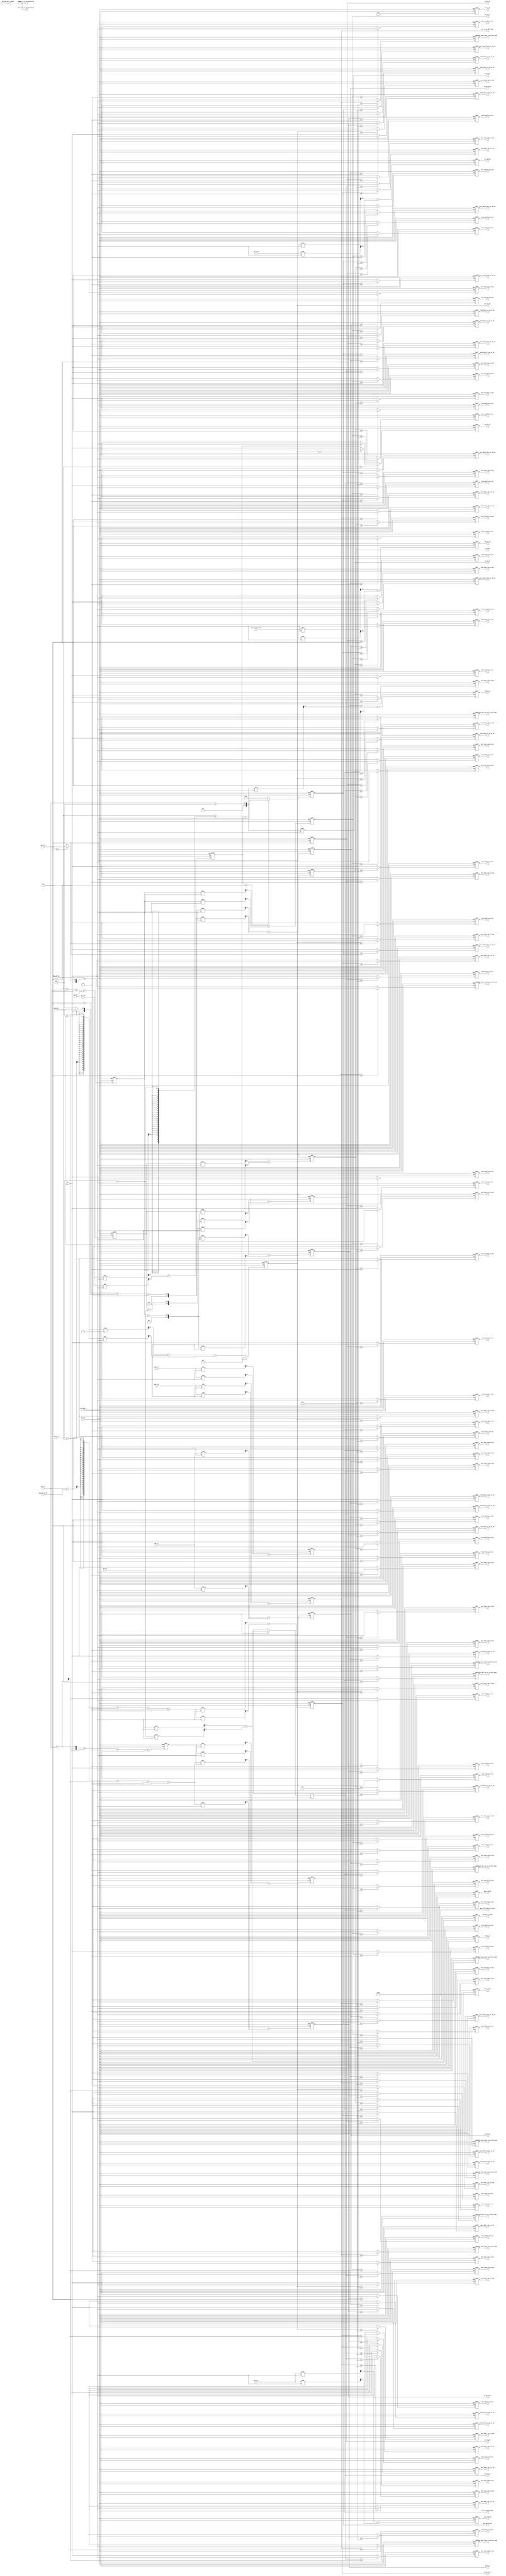
// (C) 2001-2011 Altera Corporation. All rights reserved.
// Your use of Altera Corporation's design tools, logic functions and other 
// software and tools, and its AMPP partner logic functions, and any output 
// files any of the foregoing (including device programming or simulation 
// files), and any associated documentation or information are expressly subject 
// to the terms and conditions of the Altera Program License Subscription 
// Agreement, Altera MegaCore Function License Agreement, or other applicable 
// license agreement, including, without limitation, that your use is for the 
// sole purpose of programming logic devices manufactured by Altera and sold by 
// Altera or its authorized distributors.  Please refer to the applicable 
// agreement for further details.




// altera message_off 10230 10240 10034
module ddr2_v10_1_alt_ddrx_timing_param #
    ( parameter
        MEM_IF_RD_TO_WR_TURNAROUND_OCT            = 0,
        MEM_IF_WR_TO_RD_TURNAROUND_OCT            = 0,
        MEM_IF_WR_TO_RD_DIFF_CHIPS_TURNAROUND_OCT = 0,
        
        MEM_TYPE                                  = "DDR3",
        
        DWIDTH_RATIO                              = 2,              
        MEMORY_BURSTLENGTH                        = 8,
        
        CAS_WR_LAT_BUS_WIDTH                      = 4,              
        ADD_LAT_BUS_WIDTH                         = 3,              
        TCL_BUS_WIDTH                             = 4,              
        TRRD_BUS_WIDTH                            = 4,              
        TFAW_BUS_WIDTH                            = 6,              
        TRFC_BUS_WIDTH                            = 8,              
        TREFI_BUS_WIDTH                           = 13,             
        TRCD_BUS_WIDTH                            = 4,              
        TRP_BUS_WIDTH                             = 4,              
        TWR_BUS_WIDTH                             = 4,              
        TWTR_BUS_WIDTH                            = 4,              
        TRTP_BUS_WIDTH                            = 4,              
        TRAS_BUS_WIDTH                            = 5,              
        TRC_BUS_WIDTH                             = 6,              
        AUTO_PD_BUS_WIDTH                         = 16,             
        
        BURST_LENGTH_BUS_WIDTH                    = 4,
        SELF_RFSH_EXIT_CYCLES_BUS_WIDTH           = 10,
        ACT_TO_RDWR_WIDTH                         = 4,
        ACT_TO_PCH_WIDTH                          = 5,
        ACT_TO_ACT_WIDTH                          = 6,
        RD_TO_RD_WIDTH                            = 3,
        RD_TO_WR_WIDTH                            = 5,
        RD_TO_WR_BC_WIDTH                         = 4,
        RD_TO_PCH_WIDTH                           = 4,
        WR_TO_WR_WIDTH                            = 3,
        WR_TO_RD_WIDTH                            = 5,
        WR_TO_PCH_WIDTH                           = 5,
        RD_AP_TO_ACT_WIDTH                        = 5,
        WR_AP_TO_ACT_WIDTH                        = 6,
        PCH_TO_ACT_WIDTH                          = 4,
        PCH_ALL_TO_VALID_WIDTH                    = 4,
        ARF_TO_VALID_WIDTH                        = 8,
        PDN_TO_VALID_WIDTH                        = 2,
        SRF_TO_VALID_WIDTH                        = 10,
        ARF_PERIOD_WIDTH                          = 13,
        PDN_PERIOD_WIDTH                          = 16,
        ACT_TO_ACT_DIFF_BANK_WIDTH                = 4,
        FOUR_ACT_TO_ACT_WIDTH                     = 6,
        FINISH_RD_WIDTH                           = 6,
        FINISH_WR_WIDTH                           = 6
    )
    (
        ctl_clk,
        ctl_reset_n,
        
        mem_cas_wr_lat,
        mem_add_lat,
        mem_tcl,
        mem_trrd,
        mem_tfaw,
        mem_trfc,
        mem_trefi,
        mem_trcd,
        mem_trp,
        mem_twr,
        mem_twtr,
        mem_trtp,
        mem_tras,
        mem_trc,
        mem_auto_pd_cycles,
        
        mem_burst_length,
        mem_self_rfsh_exit_cycles,
        mem_rd_to_wr_turnaround_oct,
        mem_wr_to_rd_turnaround_oct,
        act_to_rdwr,
        act_to_pch,
        act_to_act,
        rd_to_rd,
        rd_to_wr,
        rd_to_wr_bc,
        rd_to_pch,
        wr_to_wr,
        wr_to_rd,
        wr_to_rd_diff_chips,
        wr_to_pch,
        rd_ap_to_act,
        wr_ap_to_act,
        pch_to_act,
        pch_all_to_valid,
        arf_to_valid,
        pdn_to_valid,
        srf_to_valid,
        srf_to_zq,
        arf_period,
        pdn_period,
        act_to_act_diff_bank,
        four_act_to_act,
        finish_rd,
        finish_wr,
        
        more_than_2_act_to_rdwr,
        more_than_2_act_to_pch,
        more_than_2_act_to_act,
        more_than_2_rd_to_rd,
        more_than_2_rd_to_wr,
        more_than_2_rd_to_wr_bc,
        more_than_2_rd_to_pch,
        more_than_2_wr_to_wr,
        more_than_2_wr_to_rd,
        more_than_2_wr_to_pch,
        more_than_2_rd_ap_to_act,
        more_than_2_wr_ap_to_act,
        more_than_2_pch_to_act,
        more_than_2_act_to_act_diff_bank,
        more_than_2_four_act_to_act,
        less_than_2_act_to_rdwr,
        less_than_2_act_to_pch,
        less_than_2_act_to_act,
        less_than_2_rd_to_rd,
        less_than_2_rd_to_wr,
        less_than_2_rd_to_wr_bc,
        less_than_2_rd_to_pch,
        less_than_2_wr_to_wr,
        less_than_2_wr_to_rd,
        less_than_2_wr_to_rd_diff_chips,
        less_than_2_wr_to_pch,
        less_than_2_rd_ap_to_act,
        less_than_2_wr_ap_to_act,
        less_than_2_pch_to_act,
        less_than_2_act_to_act_diff_bank,
        less_than_2_four_act_to_act,
        more_than_3_act_to_rdwr,
        more_than_3_act_to_pch,
        more_than_3_act_to_act,
        more_than_3_rd_to_rd,
        more_than_3_rd_to_wr,
        more_than_3_rd_to_wr_bc,
        more_than_3_rd_to_pch,
        more_than_3_wr_to_wr,
        more_than_3_wr_to_rd,
        more_than_3_wr_to_pch,
        more_than_3_rd_ap_to_act,
        more_than_3_wr_ap_to_act,
        more_than_3_pch_to_act,
        more_than_3_act_to_act_diff_bank,
        more_than_3_four_act_to_act,
        less_than_3_act_to_rdwr,
        less_than_3_act_to_pch,
        less_than_3_act_to_act,
        less_than_3_rd_to_rd,
        less_than_3_rd_to_wr,
        less_than_3_rd_to_wr_bc,
        less_than_3_rd_to_pch,
        less_than_3_wr_to_wr,
        less_than_3_wr_to_rd,
        less_than_3_wr_to_rd_diff_chips,
        less_than_3_wr_to_pch,
        less_than_3_rd_ap_to_act,
        less_than_3_wr_ap_to_act,
        less_than_3_pch_to_act,
        less_than_3_act_to_act_diff_bank,
        less_than_3_four_act_to_act,
        more_than_4_act_to_rdwr,
        more_than_4_act_to_pch,
        more_than_4_act_to_act,
        more_than_4_rd_to_rd,
        more_than_4_rd_to_wr,
        more_than_4_rd_to_wr_bc,
        more_than_4_rd_to_pch,
        more_than_4_wr_to_wr,
        more_than_4_wr_to_rd,
        more_than_4_wr_to_pch,
        more_than_4_rd_ap_to_act,
        more_than_4_wr_ap_to_act,
        more_than_4_pch_to_act,
        more_than_4_act_to_act_diff_bank,
        more_than_4_four_act_to_act,
        less_than_4_act_to_rdwr,
        less_than_4_act_to_pch,
        less_than_4_act_to_act,
        less_than_4_rd_to_rd,
        less_than_4_rd_to_wr,
        less_than_4_rd_to_wr_bc,
        less_than_4_rd_to_pch,
        less_than_4_wr_to_wr,
        less_than_4_wr_to_rd,
        less_than_4_wr_to_rd_diff_chips,
        less_than_4_wr_to_pch,
        less_than_4_rd_ap_to_act,
        less_than_4_wr_ap_to_act,
        less_than_4_pch_to_act,
        less_than_4_act_to_act_diff_bank,
        less_than_4_four_act_to_act,
        more_than_5_act_to_rdwr,
        more_than_5_act_to_pch,
        more_than_5_act_to_act,
        more_than_5_rd_to_rd,
        more_than_5_rd_to_wr,
        more_than_5_rd_to_wr_bc,
        more_than_5_rd_to_pch,
        more_than_5_wr_to_wr,
        more_than_5_wr_to_rd,
        more_than_5_wr_to_pch,
        more_than_5_rd_ap_to_act,
        more_than_5_wr_ap_to_act,
        more_than_5_pch_to_act,
        more_than_5_act_to_act_diff_bank,
        more_than_5_four_act_to_act,
        less_than_5_act_to_rdwr,
        less_than_5_act_to_pch,
        less_than_5_act_to_act,
        less_than_5_rd_to_rd,
        less_than_5_rd_to_wr,
        less_than_5_rd_to_wr_bc,
        less_than_5_rd_to_pch,
        less_than_5_wr_to_wr,
        less_than_5_wr_to_rd,
        less_than_5_wr_to_rd_diff_chips,
        less_than_5_wr_to_pch,
        less_than_5_rd_ap_to_act,
        less_than_5_wr_ap_to_act,
        less_than_5_pch_to_act,
        less_than_5_act_to_act_diff_bank,
        less_than_5_four_act_to_act,
        
        add_lat_on
    );

input  ctl_clk;
input  ctl_reset_n;

input  [CAS_WR_LAT_BUS_WIDTH - 1 : 0] mem_cas_wr_lat;
input  [ADD_LAT_BUS_WIDTH    - 1 : 0] mem_add_lat;
input  [TCL_BUS_WIDTH        - 1 : 0] mem_tcl;
input  [TRRD_BUS_WIDTH       - 1 : 0] mem_trrd;
input  [TFAW_BUS_WIDTH       - 1 : 0] mem_tfaw;
input  [TRFC_BUS_WIDTH       - 1 : 0] mem_trfc;
input  [TREFI_BUS_WIDTH      - 1 : 0] mem_trefi;
input  [TRCD_BUS_WIDTH       - 1 : 0] mem_trcd;
input  [TRP_BUS_WIDTH        - 1 : 0] mem_trp;
input  [TWR_BUS_WIDTH        - 1 : 0] mem_twr;
input  [TWTR_BUS_WIDTH       - 1 : 0] mem_twtr;
input  [TRTP_BUS_WIDTH       - 1 : 0] mem_trtp;
input  [TRAS_BUS_WIDTH       - 1 : 0] mem_tras;
input  [TRC_BUS_WIDTH        - 1 : 0] mem_trc;
input  [AUTO_PD_BUS_WIDTH    - 1 : 0] mem_auto_pd_cycles;

output [BURST_LENGTH_BUS_WIDTH          - 1 : 0] mem_burst_length;
output [SELF_RFSH_EXIT_CYCLES_BUS_WIDTH - 1 : 0] mem_self_rfsh_exit_cycles;
output [RD_TO_WR_WIDTH                  - 1 : 0] mem_rd_to_wr_turnaround_oct;
output [WR_TO_RD_WIDTH                  - 1 : 0] mem_wr_to_rd_turnaround_oct;
output [ACT_TO_RDWR_WIDTH               - 1 : 0] act_to_rdwr;
output [ACT_TO_PCH_WIDTH                - 1 : 0] act_to_pch;
output [ACT_TO_ACT_WIDTH                - 1 : 0] act_to_act;
output [RD_TO_RD_WIDTH                  - 1 : 0] rd_to_rd;
output [RD_TO_WR_WIDTH                  - 1 : 0] rd_to_wr;
output [RD_TO_WR_BC_WIDTH               - 1 : 0] rd_to_wr_bc;
output [RD_TO_PCH_WIDTH                 - 1 : 0] rd_to_pch;
output [WR_TO_WR_WIDTH                  - 1 : 0] wr_to_wr;
output [WR_TO_RD_WIDTH                  - 1 : 0] wr_to_rd;
output [WR_TO_RD_WIDTH                  - 1 : 0] wr_to_rd_diff_chips;
output [WR_TO_PCH_WIDTH                 - 1 : 0] wr_to_pch;
output [RD_AP_TO_ACT_WIDTH              - 1 : 0] rd_ap_to_act;
output [WR_AP_TO_ACT_WIDTH              - 1 : 0] wr_ap_to_act;
output [PCH_TO_ACT_WIDTH                - 1 : 0] pch_to_act;
output [PCH_ALL_TO_VALID_WIDTH          - 1 : 0] pch_all_to_valid;
output [ARF_TO_VALID_WIDTH              - 1 : 0] arf_to_valid;
output [PDN_TO_VALID_WIDTH              - 1 : 0] pdn_to_valid;
output [SRF_TO_VALID_WIDTH              - 1 : 0] srf_to_valid;
output [SRF_TO_VALID_WIDTH              - 1 : 0] srf_to_zq;
output [ARF_PERIOD_WIDTH                - 1 : 0] arf_period;
output [PDN_PERIOD_WIDTH                - 1 : 0] pdn_period;
output [ACT_TO_ACT_DIFF_BANK_WIDTH      - 1 : 0] act_to_act_diff_bank;
output [FOUR_ACT_TO_ACT_WIDTH           - 1 : 0] four_act_to_act;
output [FINISH_RD_WIDTH                 - 1 : 0] finish_rd;
output [FINISH_RD_WIDTH                 - 1 : 0] finish_wr;

output more_than_2_act_to_rdwr;
output more_than_2_act_to_pch;
output more_than_2_act_to_act;
output more_than_2_rd_to_rd;
output more_than_2_rd_to_wr;
output more_than_2_rd_to_wr_bc;
output more_than_2_rd_to_pch;
output more_than_2_wr_to_wr;
output more_than_2_wr_to_rd;
output more_than_2_wr_to_pch;
output more_than_2_rd_ap_to_act;
output more_than_2_wr_ap_to_act;
output more_than_2_pch_to_act;
output more_than_2_act_to_act_diff_bank;
output more_than_2_four_act_to_act;
output less_than_2_act_to_rdwr;
output less_than_2_act_to_pch;
output less_than_2_act_to_act;
output less_than_2_rd_to_rd;
output less_than_2_rd_to_wr;
output less_than_2_rd_to_wr_bc;
output less_than_2_rd_to_pch;
output less_than_2_wr_to_wr;
output less_than_2_wr_to_rd;
output less_than_2_wr_to_rd_diff_chips;
output less_than_2_wr_to_pch;
output less_than_2_rd_ap_to_act;
output less_than_2_wr_ap_to_act;
output less_than_2_pch_to_act;
output less_than_2_act_to_act_diff_bank;
output less_than_2_four_act_to_act;
output more_than_3_act_to_rdwr;
output more_than_3_act_to_pch;
output more_than_3_act_to_act;
output more_than_3_rd_to_rd;
output more_than_3_rd_to_wr;
output more_than_3_rd_to_wr_bc;
output more_than_3_rd_to_pch;
output more_than_3_wr_to_wr;
output more_than_3_wr_to_rd;
output more_than_3_wr_to_pch;
output more_than_3_rd_ap_to_act;
output more_than_3_wr_ap_to_act;
output more_than_3_pch_to_act;
output more_than_3_act_to_act_diff_bank;
output more_than_3_four_act_to_act;
output less_than_3_act_to_rdwr;
output less_than_3_act_to_pch;
output less_than_3_act_to_act;
output less_than_3_rd_to_rd;
output less_than_3_rd_to_wr;
output less_than_3_rd_to_wr_bc;
output less_than_3_rd_to_pch;
output less_than_3_wr_to_wr;
output less_than_3_wr_to_rd;
output less_than_3_wr_to_rd_diff_chips;
output less_than_3_wr_to_pch;
output less_than_3_rd_ap_to_act;
output less_than_3_wr_ap_to_act;
output less_than_3_pch_to_act;
output less_than_3_act_to_act_diff_bank;
output less_than_3_four_act_to_act;
output more_than_4_act_to_rdwr;
output more_than_4_act_to_pch;
output more_than_4_act_to_act;
output more_than_4_rd_to_rd;
output more_than_4_rd_to_wr;
output more_than_4_rd_to_wr_bc;
output more_than_4_rd_to_pch;
output more_than_4_wr_to_wr;
output more_than_4_wr_to_rd;
output more_than_4_wr_to_pch;
output more_than_4_rd_ap_to_act;
output more_than_4_wr_ap_to_act;
output more_than_4_pch_to_act;
output more_than_4_act_to_act_diff_bank;
output more_than_4_four_act_to_act;
output less_than_4_act_to_rdwr;
output less_than_4_act_to_pch;
output less_than_4_act_to_act;
output less_than_4_rd_to_rd;
output less_than_4_rd_to_wr;
output less_than_4_rd_to_wr_bc;
output less_than_4_rd_to_pch;
output less_than_4_wr_to_wr;
output less_than_4_wr_to_rd;
output less_than_4_wr_to_rd_diff_chips;
output less_than_4_wr_to_pch;
output less_than_4_rd_ap_to_act;
output less_than_4_wr_ap_to_act;
output less_than_4_pch_to_act;
output less_than_4_act_to_act_diff_bank;
output less_than_4_four_act_to_act;
output more_than_5_act_to_rdwr;
output more_than_5_act_to_pch;
output more_than_5_act_to_act;
output more_than_5_rd_to_rd;
output more_than_5_rd_to_wr;
output more_than_5_rd_to_wr_bc;
output more_than_5_rd_to_pch;
output more_than_5_wr_to_wr;
output more_than_5_wr_to_rd;
output more_than_5_wr_to_pch;
output more_than_5_rd_ap_to_act;
output more_than_5_wr_ap_to_act;
output more_than_5_pch_to_act;
output more_than_5_act_to_act_diff_bank;
output more_than_5_four_act_to_act;
output less_than_5_act_to_rdwr;
output less_than_5_act_to_pch;
output less_than_5_act_to_act;
output less_than_5_rd_to_rd;
output less_than_5_rd_to_wr;
output less_than_5_rd_to_wr_bc;
output less_than_5_rd_to_pch;
output less_than_5_wr_to_wr;
output less_than_5_wr_to_rd;
output less_than_5_wr_to_rd_diff_chips;
output less_than_5_wr_to_pch;
output less_than_5_rd_ap_to_act;
output less_than_5_wr_ap_to_act;
output less_than_5_pch_to_act;
output less_than_5_act_to_act_diff_bank;
output less_than_5_four_act_to_act;

output add_lat_on;


/*------------------------------------------------------------------------------

    [START] Timing Parameters

------------------------------------------------------------------------------*/
    wire [BURST_LENGTH_BUS_WIDTH          - 1 : 0] mem_burst_length                       = MEMORY_BURSTLENGTH;
    wire [SELF_RFSH_EXIT_CYCLES_BUS_WIDTH - 1 : 0] mem_self_rfsh_exit_cycles              = (MEM_TYPE == "DDR3") ? 520 : 210; 
    
    wire [RD_TO_WR_WIDTH                  - 1 : 0] mem_rd_to_wr_turnaround_oct            = MEM_IF_RD_TO_WR_TURNAROUND_OCT;
    wire [WR_TO_RD_WIDTH                  - 1 : 0] mem_wr_to_rd_turnaround_oct            = MEM_IF_WR_TO_RD_TURNAROUND_OCT;
    wire [WR_TO_RD_WIDTH                  - 1 : 0] mem_wr_to_rd_diff_chips_turnaround_oct = MEM_IF_WR_TO_RD_DIFF_CHIPS_TURNAROUND_OCT;
    
    reg [ACT_TO_RDWR_WIDTH                - 1 : 0] act_to_rdwr;
    reg [ACT_TO_PCH_WIDTH                 - 1 : 0] act_to_pch;
    reg [ACT_TO_ACT_WIDTH                 - 1 : 0] act_to_act;
    
    reg [RD_TO_RD_WIDTH                   - 1 : 0] rd_to_rd;
    reg [RD_TO_WR_WIDTH                   - 1 : 0] rd_to_wr;
    reg [RD_TO_WR_BC_WIDTH                - 1 : 0] rd_to_wr_bc;           
    reg [RD_TO_PCH_WIDTH                  - 1 : 0] rd_to_pch;
    
    reg [WR_TO_WR_WIDTH                   - 1 : 0] wr_to_wr;
    reg [WR_TO_RD_WIDTH                   - 1 : 0] wr_to_rd;
    reg [WR_TO_RD_WIDTH                   - 1 : 0] wr_to_rd_diff_chips;
    reg [WR_TO_PCH_WIDTH                  - 1 : 0] wr_to_pch;
    
    reg [RD_AP_TO_ACT_WIDTH               - 1 : 0] rd_ap_to_act;
    reg [WR_AP_TO_ACT_WIDTH               - 1 : 0] wr_ap_to_act;
    
    reg [PCH_TO_ACT_WIDTH                 - 1 : 0] pch_to_act;
    reg [PCH_ALL_TO_VALID_WIDTH           - 1 : 0] pch_all_to_valid;
    
    reg [ARF_TO_VALID_WIDTH               - 1 : 0] arf_to_valid;           
    reg [PDN_TO_VALID_WIDTH               - 1 : 0] pdn_to_valid;           
    reg [SRF_TO_VALID_WIDTH               - 1 : 0] srf_to_valid;           
    reg [SRF_TO_VALID_WIDTH               - 1 : 0] srf_to_zq;              
    
    reg [ARF_PERIOD_WIDTH                 - 1 : 0] arf_period;             
    reg [PDN_PERIOD_WIDTH                 - 1 : 0] pdn_period;             
    reg [ACT_TO_ACT_DIFF_BANK_WIDTH       - 1 : 0] act_to_act_diff_bank;   
    reg [FOUR_ACT_TO_ACT_WIDTH            - 1 : 0] four_act_to_act;        
    
    reg [FINISH_RD_WIDTH                  - 1 : 0] finish_rd;
    reg [FINISH_WR_WIDTH                  - 1 : 0] finish_wr;
    
    reg [FOUR_ACT_TO_ACT_WIDTH            - 1 : 0] temp_four_act_to_act;
    reg [RD_TO_PCH_WIDTH                      : 0] temp_rd_to_pch;
    reg [WR_TO_PCH_WIDTH                      : 0] temp_wr_to_pch;
    reg [WR_TO_RD_WIDTH                       : 0] temp_wr_to_rd_diff_chips;
    
    reg                                            add_lat_on;
    
    localparam DIV = DWIDTH_RATIO / 2;
    
    
    always @ (posedge ctl_clk or negedge ctl_reset_n)
    begin
        if (!ctl_reset_n)
        begin
            act_to_rdwr          <= 0;
            act_to_pch           <= 0;
            act_to_act           <= 0;
            arf_to_valid         <= 0;
            pdn_to_valid         <= 0;
            srf_to_valid         <= 0;
            arf_period           <= 0;
            pdn_period           <= 0;
            act_to_act_diff_bank <= 0;
            four_act_to_act      <= 0;
            
            temp_four_act_to_act <= 0;
        end
        else
        begin
            if (mem_add_lat >= (mem_trcd - 1))
                act_to_rdwr      <= 0;
            else
                act_to_rdwr      <= ((mem_trcd - mem_add_lat)  / DIV) + ((mem_trcd - mem_add_lat)  % DIV) - 1;   
            
            
            act_to_pch           <= (mem_tras                  / DIV) + (mem_tras                  % DIV);       
            act_to_act           <= (mem_trc                   / DIV) + (mem_trc                   % DIV);       
            
            pch_to_act           <= (mem_trp                   / DIV) + (mem_trp                   % DIV);       
            
            arf_to_valid         <= (mem_trfc                  / DIV) + (mem_trfc                  % DIV);       
            pdn_to_valid         <= (3                         / DIV) + (3                         % DIV);       
            srf_to_valid         <= (mem_self_rfsh_exit_cycles / DIV) + (mem_self_rfsh_exit_cycles % DIV);       
            
            arf_period           <= (mem_trefi                 / DIV) + (mem_trefi                 % DIV);       
            pdn_period           <= (mem_auto_pd_cycles        / DIV) + (mem_auto_pd_cycles        % DIV);       
            act_to_act_diff_bank <= (mem_trrd                  / DIV) + (mem_trrd                  % DIV);       
            
            temp_four_act_to_act <= (mem_tfaw                  / DIV) + (mem_tfaw                  % DIV);
            
            if (temp_four_act_to_act >= 4)
                four_act_to_act <= temp_four_act_to_act - 4;                                                     
            else
                four_act_to_act <= 0;
        end
    end
    
    
    generate
        if (MEM_TYPE == "DDR")
        begin
            always @ (posedge ctl_clk or negedge ctl_reset_n)
            begin
                if (!ctl_reset_n)
                begin
                    rd_to_rd            <= 0;
                    rd_to_wr            <= 0;
                    rd_to_wr_bc         <= 0;
                    rd_to_pch           <= 0;
                    rd_ap_to_act        <= 0;
                    wr_to_wr            <= 0;
                    wr_to_rd            <= 0;
                    wr_to_pch           <= 0;
                    wr_ap_to_act        <= 0;
                    wr_to_rd_diff_chips <= 0;
                    pch_all_to_valid    <= 0;
                    finish_rd           <= 0;
                    finish_wr           <= 0;
                    
                    temp_rd_to_pch           <= 0;
                    temp_wr_to_pch           <= 0;
                    temp_wr_to_rd_diff_chips <= 0;
                end
                else
                begin
                    temp_rd_to_pch           <= mem_burst_length / 2;
                    temp_wr_to_pch           <= 1 + (mem_burst_length / 2) + mem_twr;
                    temp_wr_to_rd_diff_chips <= (mem_burst_length / 2) + 3 + mem_wr_to_rd_diff_chips_turnaround_oct;
                    
                    rd_to_rd            <= ((mem_burst_length / 2) / DIV);                                                                                                                                                          
                    rd_to_wr            <= ((mem_tcl + (mem_burst_length / 2) + mem_rd_to_wr_turnaround_oct) / DIV) + ((mem_tcl + (mem_burst_length / 2) + mem_rd_to_wr_turnaround_oct) % DIV);                                     
                    rd_to_pch           <= (temp_rd_to_pch / DIV);                                                                                                                                                                  
                    rd_ap_to_act        <= ((temp_rd_to_pch + mem_trp) / DIV) + ((temp_rd_to_pch + mem_trp) % DIV);
                    
                    wr_to_wr            <= ((mem_burst_length / 2) / DIV);                                                                                                                                                          
                    wr_to_rd            <= ((1 + (mem_burst_length / 2) + mem_twtr + mem_wr_to_rd_turnaround_oct) / DIV) + ((1 + (mem_burst_length / 2) + mem_twtr + mem_wr_to_rd_turnaround_oct) % DIV);                           
                    wr_to_pch           <= (temp_wr_to_pch / DIV) + (temp_wr_to_pch % DIV);                                                                                                                                         
                    wr_ap_to_act        <= ((temp_wr_to_pch + mem_trp) / DIV) + ((temp_wr_to_pch + mem_trp) % DIV);
                    
                    wr_to_rd_diff_chips <= (temp_wr_to_rd_diff_chips / DIV) + (temp_wr_to_rd_diff_chips % DIV);                                                                                                                     
                    
                    pch_all_to_valid    <= (mem_trp / DIV) + (mem_trp % DIV);
                    
                    finish_rd           <= rd_ap_to_act + (mem_tcl / DIV) + (mem_tcl % DIV);
                    finish_wr           <= wr_ap_to_act;
                end
            end
        end
        else if (MEM_TYPE == "DDR2")
        begin
            always @ (posedge ctl_clk or negedge ctl_reset_n)
            begin
                if (!ctl_reset_n)
                begin
                    rd_to_rd            <= 0;
                    rd_to_wr            <= 0;
                    rd_to_wr_bc         <= 0;
                    rd_to_pch           <= 0;
                    rd_ap_to_act        <= 0;
                    wr_to_wr            <= 0;
                    wr_to_rd            <= 0;
                    wr_to_pch           <= 0;
                    wr_ap_to_act        <= 0;
                    wr_to_rd_diff_chips <= 0;
                    pch_all_to_valid    <= 0;
                    finish_rd           <= 0;
                    finish_wr           <= 0;
                    
                    temp_rd_to_pch           <= 0;
                    temp_wr_to_pch           <= 0;
                    temp_wr_to_rd_diff_chips <= 0;
                end
                else
                begin
                    temp_rd_to_pch           <= mem_add_lat + (mem_burst_length / 2) - 2 + max(mem_trtp, 2);
                    temp_wr_to_pch           <= mem_add_lat + mem_tcl - 1 + (mem_burst_length / 2) + mem_twr;
                    temp_wr_to_rd_diff_chips <= (mem_burst_length / 2) + 1 + mem_wr_to_rd_diff_chips_turnaround_oct;
                    
                    rd_to_rd            <= ((mem_burst_length / 2) / DIV); 
                    rd_to_wr            <= (((mem_burst_length / 2) + 2 + mem_rd_to_wr_turnaround_oct) / DIV) + (((mem_burst_length / 2) + 2 + mem_rd_to_wr_turnaround_oct) % DIV);
                    rd_to_pch           <= (temp_rd_to_pch / DIV) + (temp_rd_to_pch % DIV);
                    rd_ap_to_act        <= ((temp_rd_to_pch + mem_trp) / DIV) + ((temp_rd_to_pch + mem_trp) % DIV);
                    
                    wr_to_wr            <= ((mem_burst_length / 2) / DIV); 
                    wr_to_rd            <= ((mem_tcl - 1 + (mem_burst_length / 2) + mem_twtr + mem_wr_to_rd_turnaround_oct) / DIV) + ((mem_tcl - 1 + (mem_burst_length / 2) + mem_twtr + mem_wr_to_rd_turnaround_oct) % DIV); 
                    wr_to_pch           <= (temp_wr_to_pch / DIV) + (temp_wr_to_pch % DIV);
                    wr_ap_to_act        <= ((temp_wr_to_pch + mem_trp) / DIV) + ((temp_wr_to_pch + mem_trp) % DIV);
                    
                    wr_to_rd_diff_chips <= (temp_wr_to_rd_diff_chips / DIV) + (temp_wr_to_rd_diff_chips % DIV);
                    
                    pch_all_to_valid    <= ((mem_trp + 1) / DIV) + ((mem_trp + 1) % DIV); 
                    
                    finish_rd           <= rd_ap_to_act + (mem_tcl / DIV) + (mem_tcl % DIV);
                    finish_wr           <= wr_ap_to_act;
                end
            end
        end
        else if (MEM_TYPE == "DDR3")
        begin
            always @ (posedge ctl_clk or negedge ctl_reset_n)
            begin
                if (!ctl_reset_n)
                begin
                    rd_to_rd            <= 0;
                    rd_to_wr            <= 0;
                    rd_to_wr_bc         <= 0;
                    rd_to_pch           <= 0;
                    rd_ap_to_act        <= 0;
                    wr_to_wr            <= 0;
                    wr_to_rd            <= 0;
                    wr_to_pch           <= 0;
                    wr_ap_to_act        <= 0;
                    wr_to_rd_diff_chips <= 0;
                    pch_all_to_valid    <= 0;
                    finish_rd           <= 0;
                    finish_wr           <= 0;
                    
                    srf_to_zq           <= 0; 
                    
                    temp_rd_to_pch           <= 0;
                    temp_wr_to_pch           <= 0;
                    temp_wr_to_rd_diff_chips <= 0;
                end
                else
                begin
                    temp_rd_to_pch           <= mem_add_lat + max(mem_trtp, 4);
                    temp_wr_to_pch           <= mem_add_lat + mem_cas_wr_lat + (mem_burst_length / 2) + mem_twr;
                    temp_wr_to_rd_diff_chips <= (mem_cas_wr_lat - mem_tcl) + (mem_burst_length / 2) + 2 + mem_wr_to_rd_diff_chips_turnaround_oct;
                    
                    rd_to_rd            <= ((mem_burst_length / 2) / DIV);
                    rd_to_wr            <= ((mem_tcl - mem_cas_wr_lat + 4 + 2 + mem_rd_to_wr_turnaround_oct) / DIV) + ((mem_tcl - mem_cas_wr_lat + 4 + 2 + mem_rd_to_wr_turnaround_oct) % DIV); 
                    rd_to_wr_bc         <= ((mem_tcl - mem_cas_wr_lat + 2 + 2 + mem_rd_to_wr_turnaround_oct) / DIV) + ((mem_tcl - mem_cas_wr_lat + 2 + 2 + mem_rd_to_wr_turnaround_oct) % DIV); 
                    rd_to_pch           <= (temp_rd_to_pch / DIV) + (temp_rd_to_pch % DIV);
                    rd_ap_to_act        <= ((temp_rd_to_pch + mem_trp) / DIV) + ((temp_rd_to_pch + mem_trp) % DIV);
                    
                    wr_to_wr            <= ((mem_burst_length / 2) / DIV);
                    wr_to_rd            <= ((mem_cas_wr_lat + (mem_burst_length / 2) + max(mem_twtr, 4) + mem_wr_to_rd_turnaround_oct) / DIV) + ((mem_cas_wr_lat + (mem_burst_length / 2) + max(mem_twtr, 4) + mem_wr_to_rd_turnaround_oct) % DIV); 
                    wr_to_pch           <= (temp_wr_to_pch / DIV) + (temp_wr_to_pch % DIV);
                    wr_ap_to_act        <= ((temp_wr_to_pch + mem_trp) / DIV) + ((temp_wr_to_pch + mem_trp) % DIV);
                    
                    wr_to_rd_diff_chips <= (temp_wr_to_rd_diff_chips / DIV) + (temp_wr_to_rd_diff_chips % DIV);
                    
                    pch_all_to_valid    <= (mem_trp / DIV) + (mem_trp % DIV);
                    
                    finish_rd           <= rd_ap_to_act + ((mem_tcl + (mem_burst_length / 2)) / DIV) + ((mem_tcl + (mem_burst_length / 2)) % DIV);
                    finish_wr           <= wr_ap_to_act;
                    
                    srf_to_zq           <= (256 / DIV);
                end
            end
        end
    endgenerate
    
    function [WR_TO_RD_WIDTH - 1 : 0] max;
        input [WR_TO_RD_WIDTH - 1 : 0] value1;
        input [WR_TO_RD_WIDTH - 1 : 0] value2;
        begin
            if (value1 > value2)
                max = value1;
            else
                max = value2;
        end
    endfunction
    
    always @ (posedge ctl_clk or negedge ctl_reset_n)
    begin
        if (!ctl_reset_n)
        begin
            add_lat_on <= 1'b0;
        end
        else
        begin
            if (mem_add_lat == 0)
            begin
                if (act_to_rdwr == 0)
                    add_lat_on <= 1'b1;
                else
                    add_lat_on <= 1'b0;
            end
            else
            begin
                if (mem_add_lat >= (mem_trcd - 1))
                    add_lat_on <= 1'b1;
                else
                    add_lat_on <= 1'b0;
            end
        end
    end
/*------------------------------------------------------------------------------

    [END] Timing Parameters

------------------------------------------------------------------------------*/


/*------------------------------------------------------------------------------

    [START] More / Less Compare Logic

------------------------------------------------------------------------------*/
    reg more_than_2_act_to_rdwr;
    reg more_than_2_act_to_pch;
    reg more_than_2_act_to_act;
    reg more_than_2_rd_to_rd;
    reg more_than_2_rd_to_wr;
    reg more_than_2_rd_to_wr_bc;
    reg more_than_2_rd_to_pch;
    reg more_than_2_wr_to_wr;
    reg more_than_2_wr_to_rd;
    reg more_than_2_wr_to_pch;
    reg more_than_2_rd_ap_to_act;
    reg more_than_2_wr_ap_to_act;
    reg more_than_2_pch_to_act;
    reg more_than_2_act_to_act_diff_bank;
    reg more_than_2_four_act_to_act;
    
    always @ (posedge ctl_clk or negedge ctl_reset_n)
    begin
        if (!ctl_reset_n)
        begin
            more_than_2_act_to_rdwr          <= 1'b0;
            more_than_2_act_to_pch           <= 1'b0;
            more_than_2_act_to_act           <= 1'b0;
            more_than_2_rd_to_rd             <= 1'b0;
            more_than_2_rd_to_wr             <= 1'b0;
            more_than_2_rd_to_wr_bc          <= 1'b0;
            more_than_2_rd_to_pch            <= 1'b0;
            more_than_2_wr_to_wr             <= 1'b0;
            more_than_2_wr_to_rd             <= 1'b0;
            more_than_2_wr_to_pch            <= 1'b0;
            more_than_2_rd_ap_to_act         <= 1'b0;
            more_than_2_wr_ap_to_act         <= 1'b0;
            more_than_2_pch_to_act           <= 1'b0;
            more_than_2_act_to_act_diff_bank <= 1'b0;
            more_than_2_four_act_to_act      <= 1'b0;
        end
        else
        begin
            if (act_to_rdwr >= 2)
                more_than_2_act_to_rdwr <= 1'b1;
            else
                more_than_2_act_to_rdwr <= 1'b0;
            
            if (act_to_pch >= 2)
                more_than_2_act_to_pch <= 1'b1;
            else
                more_than_2_act_to_pch <= 1'b0;
            
            if (act_to_act >= 2)
                more_than_2_act_to_act <= 1'b1;
            else
                more_than_2_act_to_act <= 1'b0;
            
            if (rd_to_rd >= 2)
                more_than_2_rd_to_rd <= 1'b1;
            else
                more_than_2_rd_to_rd <= 1'b0;
            
            if (rd_to_wr >= 2)
                more_than_2_rd_to_wr <= 1'b1;
            else
                more_than_2_rd_to_wr <= 1'b0;
            
            if (rd_to_wr_bc >= 2)
                more_than_2_rd_to_wr_bc <= 1'b1;
            else
                more_than_2_rd_to_wr_bc <= 1'b0;
            
            if (rd_to_pch >= 2)
                more_than_2_rd_to_pch <= 1'b1;
            else
                more_than_2_rd_to_pch <= 1'b0;
            
            if (wr_to_wr >= 2)
                more_than_2_wr_to_wr <= 1'b1;
            else
                more_than_2_wr_to_wr <= 1'b0;
            
            if (wr_to_rd >= 2)
                more_than_2_wr_to_rd <= 1'b1;
            else
                more_than_2_wr_to_rd <= 1'b0;
            
            if (wr_to_pch >= 2)
                more_than_2_wr_to_pch <= 1'b1;
            else
                more_than_2_wr_to_pch <= 1'b0;
            
            if (rd_ap_to_act >= 2)
                more_than_2_rd_ap_to_act <= 1'b1;
            else
                more_than_2_rd_ap_to_act <= 1'b0;
            
            if (wr_ap_to_act >= 2)
                more_than_2_wr_ap_to_act <= 1'b1;
            else
                more_than_2_wr_ap_to_act <= 1'b0;
            
            if (pch_to_act >= 2)
                more_than_2_pch_to_act <= 1'b1;
            else
                more_than_2_pch_to_act <= 1'b0;
            
            if (act_to_act_diff_bank >= 2)
                more_than_2_act_to_act_diff_bank <= 1'b1;
            else
                more_than_2_act_to_act_diff_bank <= 1'b0;
            
            if (four_act_to_act >= 2)
                more_than_2_four_act_to_act <= 1'b1;
            else
                more_than_2_four_act_to_act <= 1'b0;
        end
    end
    
    reg less_than_2_act_to_rdwr;
    reg less_than_2_act_to_pch;
    reg less_than_2_act_to_act;
    reg less_than_2_rd_to_rd;
    reg less_than_2_rd_to_wr;
    reg less_than_2_rd_to_wr_bc;
    reg less_than_2_rd_to_pch;
    reg less_than_2_wr_to_wr;
    reg less_than_2_wr_to_rd;
    reg less_than_2_wr_to_rd_diff_chips;
    reg less_than_2_wr_to_pch;
    reg less_than_2_rd_ap_to_act;
    reg less_than_2_wr_ap_to_act;
    reg less_than_2_pch_to_act;
    reg less_than_2_act_to_act_diff_bank;
    reg less_than_2_four_act_to_act;
    
    always @ (posedge ctl_clk or negedge ctl_reset_n)
    begin
        if (!ctl_reset_n)
        begin
            less_than_2_act_to_rdwr          <= 1'b0;
            less_than_2_act_to_pch           <= 1'b0;
            less_than_2_act_to_act           <= 1'b0;
            less_than_2_rd_to_rd             <= 1'b0;
            less_than_2_rd_to_wr             <= 1'b0;
            less_than_2_rd_to_wr_bc          <= 1'b0;
            less_than_2_rd_to_pch            <= 1'b0;
            less_than_2_wr_to_wr             <= 1'b0;
            less_than_2_wr_to_rd             <= 1'b0;
            less_than_2_wr_to_rd_diff_chips  <= 1'b0;
            less_than_2_wr_to_pch            <= 1'b0;
            less_than_2_rd_ap_to_act         <= 1'b0;
            less_than_2_wr_ap_to_act         <= 1'b0;
            less_than_2_pch_to_act           <= 1'b0;
            less_than_2_act_to_act_diff_bank <= 1'b0;
            less_than_2_four_act_to_act      <= 1'b0;
        end
        else
        begin
            if (act_to_rdwr <= 2)
                less_than_2_act_to_rdwr <= 1'b1;
            else
                less_than_2_act_to_rdwr <= 1'b0;
            
            if (act_to_pch <= 2)
                less_than_2_act_to_pch <= 1'b1;
            else
                less_than_2_act_to_pch <= 1'b0;
            
            if (act_to_act <= 2)
                less_than_2_act_to_act <= 1'b1;
            else
                less_than_2_act_to_act <= 1'b0;
            
            if (rd_to_rd <= 2)
                less_than_2_rd_to_rd <= 1'b1;
            else
                less_than_2_rd_to_rd <= 1'b0;
            
            if (rd_to_wr <= 2)
                less_than_2_rd_to_wr <= 1'b1;
            else
                less_than_2_rd_to_wr <= 1'b0;
            
            if (rd_to_wr_bc <= 2)
                less_than_2_rd_to_wr_bc <= 1'b1;
            else
                less_than_2_rd_to_wr_bc <= 1'b0;
            
            if (rd_to_pch <= 2)
                less_than_2_rd_to_pch <= 1'b1;
            else
                less_than_2_rd_to_pch <= 1'b0;
            
            if (wr_to_wr <= 2)
                less_than_2_wr_to_wr <= 1'b1;
            else
                less_than_2_wr_to_wr <= 1'b0;
            
            if (wr_to_rd <= 2)
                less_than_2_wr_to_rd <= 1'b1;
            else
                less_than_2_wr_to_rd <= 1'b0;
            
            if (wr_to_rd_diff_chips <= 2)
                less_than_2_wr_to_rd_diff_chips <= 1'b1;
            else
                less_than_2_wr_to_rd_diff_chips <= 1'b0;
            
            if (wr_to_pch <= 2)
                less_than_2_wr_to_pch <= 1'b1;
            else
                less_than_2_wr_to_pch <= 1'b0;
            
            if (rd_ap_to_act <= 2)
                less_than_2_rd_ap_to_act <= 1'b1;
            else
                less_than_2_rd_ap_to_act <= 1'b0;
            
            if (wr_ap_to_act <= 2)
                less_than_2_wr_ap_to_act <= 1'b1;
            else
                less_than_2_wr_ap_to_act <= 1'b0;
            
            if (pch_to_act <= 2)
                less_than_2_pch_to_act <= 1'b1;
            else
                less_than_2_pch_to_act <= 1'b0;
            
            if (act_to_act_diff_bank <= 2)
                less_than_2_act_to_act_diff_bank <= 1'b1;
            else
                less_than_2_act_to_act_diff_bank <= 1'b0;
            
            if (four_act_to_act <= 2)
                less_than_2_four_act_to_act <= 1'b1;
            else
                less_than_2_four_act_to_act <= 1'b0;
        end
    end
    
    reg more_than_3_act_to_rdwr;
    reg more_than_3_act_to_pch;
    reg more_than_3_act_to_act;
    reg more_than_3_rd_to_rd;
    reg more_than_3_rd_to_wr;
    reg more_than_3_rd_to_wr_bc;
    reg more_than_3_rd_to_pch;
    reg more_than_3_wr_to_wr;
    reg more_than_3_wr_to_rd;
    reg more_than_3_wr_to_pch;
    reg more_than_3_rd_ap_to_act;
    reg more_than_3_wr_ap_to_act;
    reg more_than_3_pch_to_act;
    reg more_than_3_act_to_act_diff_bank;
    reg more_than_3_four_act_to_act;
    
    always @ (posedge ctl_clk or negedge ctl_reset_n)
    begin
        if (!ctl_reset_n)
        begin
            more_than_3_act_to_rdwr          <= 1'b0;
            more_than_3_act_to_pch           <= 1'b0;
            more_than_3_act_to_act           <= 1'b0;
            more_than_3_rd_to_rd             <= 1'b0;
            more_than_3_rd_to_wr             <= 1'b0;
            more_than_3_rd_to_wr_bc          <= 1'b0;
            more_than_3_rd_to_pch            <= 1'b0;
            more_than_3_wr_to_wr             <= 1'b0;
            more_than_3_wr_to_rd             <= 1'b0;
            more_than_3_wr_to_pch            <= 1'b0;
            more_than_3_rd_ap_to_act         <= 1'b0;
            more_than_3_wr_ap_to_act         <= 1'b0;
            more_than_3_pch_to_act           <= 1'b0;
            more_than_3_act_to_act_diff_bank <= 1'b0;
            more_than_3_four_act_to_act      <= 1'b0;
        end
        else
        begin
            if (act_to_rdwr >= 3)
                more_than_3_act_to_rdwr <= 1'b1;
            else
                more_than_3_act_to_rdwr <= 1'b0;
            
            if (act_to_pch >= 3)
                more_than_3_act_to_pch <= 1'b1;
            else
                more_than_3_act_to_pch <= 1'b0;
            
            if (act_to_act >= 3)
                more_than_3_act_to_act <= 1'b1;
            else
                more_than_3_act_to_act <= 1'b0;
            
            if (rd_to_rd >= 3)
                more_than_3_rd_to_rd <= 1'b1;
            else
                more_than_3_rd_to_rd <= 1'b0;
            
            if (rd_to_wr >= 3)
                more_than_3_rd_to_wr <= 1'b1;
            else
                more_than_3_rd_to_wr <= 1'b0;
            
            if (rd_to_wr_bc >= 3)
                more_than_3_rd_to_wr_bc <= 1'b1;
            else
                more_than_3_rd_to_wr_bc <= 1'b0;
            
            if (rd_to_pch >= 3)
                more_than_3_rd_to_pch <= 1'b1;
            else
                more_than_3_rd_to_pch <= 1'b0;
            
            if (wr_to_wr >= 3)
                more_than_3_wr_to_wr <= 1'b1;
            else
                more_than_3_wr_to_wr <= 1'b0;
            
            if (wr_to_rd >= 3)
                more_than_3_wr_to_rd <= 1'b1;
            else
                more_than_3_wr_to_rd <= 1'b0;
            
            if (wr_to_pch >= 3)
                more_than_3_wr_to_pch <= 1'b1;
            else
                more_than_3_wr_to_pch <= 1'b0;
            
            if (rd_ap_to_act >= 3)
                more_than_3_rd_ap_to_act <= 1'b1;
            else
                more_than_3_rd_ap_to_act <= 1'b0;
            
            if (wr_ap_to_act >= 3)
                more_than_3_wr_ap_to_act <= 1'b1;
            else
                more_than_3_wr_ap_to_act <= 1'b0;
            
            if (pch_to_act >= 3)
                more_than_3_pch_to_act <= 1'b1;
            else
                more_than_3_pch_to_act <= 1'b0;
            
            if (act_to_act_diff_bank >= 3)
                more_than_3_act_to_act_diff_bank <= 1'b1;
            else
                more_than_3_act_to_act_diff_bank <= 1'b0;
            
            if (four_act_to_act >= 3)
                more_than_3_four_act_to_act <= 1'b1;
            else
                more_than_3_four_act_to_act <= 1'b0;
        end
    end
    
    reg less_than_3_act_to_rdwr;
    reg less_than_3_act_to_pch;
    reg less_than_3_act_to_act;
    reg less_than_3_rd_to_rd;
    reg less_than_3_rd_to_wr;
    reg less_than_3_rd_to_wr_bc;
    reg less_than_3_rd_to_pch;
    reg less_than_3_wr_to_wr;
    reg less_than_3_wr_to_rd;
    reg less_than_3_wr_to_rd_diff_chips;
    reg less_than_3_wr_to_pch;
    reg less_than_3_rd_ap_to_act;
    reg less_than_3_wr_ap_to_act;
    reg less_than_3_pch_to_act;
    reg less_than_3_act_to_act_diff_bank;
    reg less_than_3_four_act_to_act;
    
    always @ (posedge ctl_clk or negedge ctl_reset_n)
    begin
        if (!ctl_reset_n)
        begin
            less_than_3_act_to_rdwr          <= 1'b0;
            less_than_3_act_to_pch           <= 1'b0;
            less_than_3_act_to_act           <= 1'b0;
            less_than_3_rd_to_rd             <= 1'b0;
            less_than_3_rd_to_wr             <= 1'b0;
            less_than_3_rd_to_wr_bc          <= 1'b0;
            less_than_3_rd_to_pch            <= 1'b0;
            less_than_3_wr_to_wr             <= 1'b0;
            less_than_3_wr_to_rd             <= 1'b0;
            less_than_3_wr_to_rd_diff_chips  <= 1'b0;
            less_than_3_wr_to_pch            <= 1'b0;
            less_than_3_rd_ap_to_act         <= 1'b0;
            less_than_3_wr_ap_to_act         <= 1'b0;
            less_than_3_pch_to_act           <= 1'b0;
            less_than_3_act_to_act_diff_bank <= 1'b0;
            less_than_3_four_act_to_act      <= 1'b0;
        end
        else
        begin
            if (act_to_rdwr <= 3)
                less_than_3_act_to_rdwr <= 1'b1;
            else
                less_than_3_act_to_rdwr <= 1'b0;
            
            if (act_to_pch <= 3)
                less_than_3_act_to_pch <= 1'b1;
            else
                less_than_3_act_to_pch <= 1'b0;
            
            if (act_to_act <= 3)
                less_than_3_act_to_act <= 1'b1;
            else
                less_than_3_act_to_act <= 1'b0;
            
            if (rd_to_rd <= 3)
                less_than_3_rd_to_rd <= 1'b1;
            else
                less_than_3_rd_to_rd <= 1'b0;
            
            if (rd_to_wr <= 3)
                less_than_3_rd_to_wr <= 1'b1;
            else
                less_than_3_rd_to_wr <= 1'b0;
            
            if (rd_to_wr_bc <= 3)
                less_than_3_rd_to_wr_bc <= 1'b1;
            else
                less_than_3_rd_to_wr_bc <= 1'b0;
            
            if (rd_to_pch <= 3)
                less_than_3_rd_to_pch <= 1'b1;
            else
                less_than_3_rd_to_pch <= 1'b0;
            
            if (wr_to_wr <= 3)
                less_than_3_wr_to_wr <= 1'b1;
            else
                less_than_3_wr_to_wr <= 1'b0;
            
            if (wr_to_rd <= 3)
                less_than_3_wr_to_rd <= 1'b1;
            else
                less_than_3_wr_to_rd <= 1'b0;
            
            if (wr_to_rd_diff_chips <= 3)
                less_than_3_wr_to_rd_diff_chips <= 1'b1;
            else
                less_than_3_wr_to_rd_diff_chips <= 1'b0;
            
            if (wr_to_pch <= 3)
                less_than_3_wr_to_pch <= 1'b1;
            else
                less_than_3_wr_to_pch <= 1'b0;
            
            if (rd_ap_to_act <= 3)
                less_than_3_rd_ap_to_act <= 1'b1;
            else
                less_than_3_rd_ap_to_act <= 1'b0;
            
            if (wr_ap_to_act <= 3)
                less_than_3_wr_ap_to_act <= 1'b1;
            else
                less_than_3_wr_ap_to_act <= 1'b0;
            
            if (pch_to_act <= 3)
                less_than_3_pch_to_act <= 1'b1;
            else
                less_than_3_pch_to_act <= 1'b0;
            
            if (act_to_act_diff_bank <= 3)
                less_than_3_act_to_act_diff_bank <= 1'b1;
            else
                less_than_3_act_to_act_diff_bank <= 1'b0;
            
            if (four_act_to_act <= 3)
                less_than_3_four_act_to_act <= 1'b1;
            else
                less_than_3_four_act_to_act <= 1'b0;
        end
    end
    
    reg more_than_4_act_to_rdwr;
    reg more_than_4_act_to_pch;
    reg more_than_4_act_to_act;
    reg more_than_4_rd_to_rd;
    reg more_than_4_rd_to_wr;
    reg more_than_4_rd_to_wr_bc;
    reg more_than_4_rd_to_pch;
    reg more_than_4_wr_to_wr;
    reg more_than_4_wr_to_rd;
    reg more_than_4_wr_to_pch;
    reg more_than_4_rd_ap_to_act;
    reg more_than_4_wr_ap_to_act;
    reg more_than_4_pch_to_act;
    reg more_than_4_act_to_act_diff_bank;
    reg more_than_4_four_act_to_act;
    
    always @ (posedge ctl_clk or negedge ctl_reset_n)
    begin
        if (!ctl_reset_n)
        begin
            more_than_4_act_to_rdwr          <= 1'b0;
            more_than_4_act_to_pch           <= 1'b0;
            more_than_4_act_to_act           <= 1'b0;
            more_than_4_rd_to_rd             <= 1'b0;
            more_than_4_rd_to_wr             <= 1'b0;
            more_than_4_rd_to_wr_bc          <= 1'b0;
            more_than_4_rd_to_pch            <= 1'b0;
            more_than_4_wr_to_wr             <= 1'b0;
            more_than_4_wr_to_rd             <= 1'b0;
            more_than_4_wr_to_pch            <= 1'b0;
            more_than_4_rd_ap_to_act         <= 1'b0;
            more_than_4_wr_ap_to_act         <= 1'b0;
            more_than_4_pch_to_act           <= 1'b0;
            more_than_4_act_to_act_diff_bank <= 1'b0;
            more_than_4_four_act_to_act      <= 1'b0;
        end
        else
        begin
            if (act_to_rdwr >= 4)
                more_than_4_act_to_rdwr <= 1'b1;
            else
                more_than_4_act_to_rdwr <= 1'b0;
            
            if (act_to_pch >= 4)
                more_than_4_act_to_pch <= 1'b1;
            else
                more_than_4_act_to_pch <= 1'b0;
            
            if (act_to_act >= 4)
                more_than_4_act_to_act <= 1'b1;
            else
                more_than_4_act_to_act <= 1'b0;
            
            if (rd_to_rd >= 4)
                more_than_4_rd_to_rd <= 1'b1;
            else
                more_than_4_rd_to_rd <= 1'b0;
            
            if (rd_to_wr >= 4)
                more_than_4_rd_to_wr <= 1'b1;
            else
                more_than_4_rd_to_wr <= 1'b0;
            
            if (rd_to_wr_bc >= 4)
                more_than_4_rd_to_wr_bc <= 1'b1;
            else
                more_than_4_rd_to_wr_bc <= 1'b0;
            
            if (rd_to_pch >= 4)
                more_than_4_rd_to_pch <= 1'b1;
            else
                more_than_4_rd_to_pch <= 1'b0;
            
            if (wr_to_wr >= 4)
                more_than_4_wr_to_wr <= 1'b1;
            else
                more_than_4_wr_to_wr <= 1'b0;
            
            if (wr_to_rd >= 4)
                more_than_4_wr_to_rd <= 1'b1;
            else
                more_than_4_wr_to_rd <= 1'b0;
            
            if (wr_to_pch >= 4)
                more_than_4_wr_to_pch <= 1'b1;
            else
                more_than_4_wr_to_pch <= 1'b0;
            
            if (rd_ap_to_act >= 4)
                more_than_4_rd_ap_to_act <= 1'b1;
            else
                more_than_4_rd_ap_to_act <= 1'b0;
            
            if (wr_ap_to_act >= 4)
                more_than_4_wr_ap_to_act <= 1'b1;
            else
                more_than_4_wr_ap_to_act <= 1'b0;
            
            if (pch_to_act >= 4)
                more_than_4_pch_to_act <= 1'b1;
            else
                more_than_4_pch_to_act <= 1'b0;
            
            if (act_to_act_diff_bank >= 4)
                more_than_4_act_to_act_diff_bank <= 1'b1;
            else
                more_than_4_act_to_act_diff_bank <= 1'b0;
            
            if (four_act_to_act >= 4)
                more_than_4_four_act_to_act <= 1'b1;
            else
                more_than_4_four_act_to_act <= 1'b0;
        end
    end
    
    reg less_than_4_act_to_rdwr;
    reg less_than_4_act_to_pch;
    reg less_than_4_act_to_act;
    reg less_than_4_rd_to_rd;
    reg less_than_4_rd_to_wr;
    reg less_than_4_rd_to_wr_bc;
    reg less_than_4_rd_to_pch;
    reg less_than_4_wr_to_wr;
    reg less_than_4_wr_to_rd;
    reg less_than_4_wr_to_rd_diff_chips;
    reg less_than_4_wr_to_pch;
    reg less_than_4_rd_ap_to_act;
    reg less_than_4_wr_ap_to_act;
    reg less_than_4_pch_to_act;
    reg less_than_4_act_to_act_diff_bank;
    reg less_than_4_four_act_to_act;
    
    always @ (posedge ctl_clk or negedge ctl_reset_n)
    begin
        if (!ctl_reset_n)
        begin
            less_than_4_act_to_rdwr          <= 1'b0;
            less_than_4_act_to_pch           <= 1'b0;
            less_than_4_act_to_act           <= 1'b0;
            less_than_4_rd_to_rd             <= 1'b0;
            less_than_4_rd_to_wr             <= 1'b0;
            less_than_4_rd_to_wr_bc          <= 1'b0;
            less_than_4_rd_to_pch            <= 1'b0;
            less_than_4_wr_to_wr             <= 1'b0;
            less_than_4_wr_to_rd             <= 1'b0;
            less_than_4_wr_to_rd_diff_chips  <= 1'b0;
            less_than_4_wr_to_pch            <= 1'b0;
            less_than_4_rd_ap_to_act         <= 1'b0;
            less_than_4_wr_ap_to_act         <= 1'b0;
            less_than_4_pch_to_act           <= 1'b0;
            less_than_4_act_to_act_diff_bank <= 1'b0;
            less_than_4_four_act_to_act      <= 1'b0;
        end
        else
        begin
            if (act_to_rdwr <= 4)
                less_than_4_act_to_rdwr <= 1'b1;
            else
                less_than_4_act_to_rdwr <= 1'b0;
            
            if (act_to_pch <= 4)
                less_than_4_act_to_pch <= 1'b1;
            else
                less_than_4_act_to_pch <= 1'b0;
            
            if (act_to_act <= 4)
                less_than_4_act_to_act <= 1'b1;
            else
                less_than_4_act_to_act <= 1'b0;
            
            if (rd_to_rd <= 4)
                less_than_4_rd_to_rd <= 1'b1;
            else
                less_than_4_rd_to_rd <= 1'b0;
            
            if (rd_to_wr <= 4)
                less_than_4_rd_to_wr <= 1'b1;
            else
                less_than_4_rd_to_wr <= 1'b0;
            
            if (rd_to_wr_bc <= 4)
                less_than_4_rd_to_wr_bc <= 1'b1;
            else
                less_than_4_rd_to_wr_bc <= 1'b0;
            
            if (rd_to_pch <= 4)
                less_than_4_rd_to_pch <= 1'b1;
            else
                less_than_4_rd_to_pch <= 1'b0;
            
            if (wr_to_wr <= 4)
                less_than_4_wr_to_wr <= 1'b1;
            else
                less_than_4_wr_to_wr <= 1'b0;
            
            if (wr_to_rd <= 4)
                less_than_4_wr_to_rd <= 1'b1;
            else
                less_than_4_wr_to_rd <= 1'b0;
            
            if (wr_to_rd_diff_chips <= 4)
                less_than_4_wr_to_rd_diff_chips <= 1'b1;
            else
                less_than_4_wr_to_rd_diff_chips <= 1'b0;
            
            if (wr_to_pch <= 4)
                less_than_4_wr_to_pch <= 1'b1;
            else
                less_than_4_wr_to_pch <= 1'b0;
            
            if (rd_ap_to_act <= 4)
                less_than_4_rd_ap_to_act <= 1'b1;
            else
                less_than_4_rd_ap_to_act <= 1'b0;
            
            if (wr_ap_to_act <= 4)
                less_than_4_wr_ap_to_act <= 1'b1;
            else
                less_than_4_wr_ap_to_act <= 1'b0;
            
            if (pch_to_act <= 4)
                less_than_4_pch_to_act <= 1'b1;
            else
                less_than_4_pch_to_act <= 1'b0;
            
            if (act_to_act_diff_bank <= 4)
                less_than_4_act_to_act_diff_bank <= 1'b1;
            else
                less_than_4_act_to_act_diff_bank <= 1'b0;
            
            if (four_act_to_act <= 4)
                less_than_4_four_act_to_act <= 1'b1;
            else
                less_than_4_four_act_to_act <= 1'b0;
        end
    end
    
    reg more_than_5_act_to_rdwr;
    reg more_than_5_act_to_pch;
    reg more_than_5_act_to_act;
    reg more_than_5_rd_to_rd;
    reg more_than_5_rd_to_wr;
    reg more_than_5_rd_to_wr_bc;
    reg more_than_5_rd_to_pch;
    reg more_than_5_wr_to_wr;
    reg more_than_5_wr_to_rd;
    reg more_than_5_wr_to_pch;
    reg more_than_5_rd_ap_to_act;
    reg more_than_5_wr_ap_to_act;
    reg more_than_5_pch_to_act;
    reg more_than_5_act_to_act_diff_bank;
    reg more_than_5_four_act_to_act;
    
    always @ (posedge ctl_clk or negedge ctl_reset_n)
    begin
        if (!ctl_reset_n)
        begin
            more_than_5_act_to_rdwr          <= 1'b0;
            more_than_5_act_to_pch           <= 1'b0;
            more_than_5_act_to_act           <= 1'b0;
            more_than_5_rd_to_rd             <= 1'b0;
            more_than_5_rd_to_wr             <= 1'b0;
            more_than_5_rd_to_wr_bc          <= 1'b0;
            more_than_5_rd_to_pch            <= 1'b0;
            more_than_5_wr_to_wr             <= 1'b0;
            more_than_5_wr_to_rd             <= 1'b0;
            more_than_5_wr_to_pch            <= 1'b0;
            more_than_5_rd_ap_to_act         <= 1'b0;
            more_than_5_wr_ap_to_act         <= 1'b0;
            more_than_5_pch_to_act           <= 1'b0;
            more_than_5_act_to_act_diff_bank <= 1'b0;
            more_than_5_four_act_to_act      <= 1'b0;
        end
        else
        begin
            if (act_to_rdwr >= 5)
                more_than_5_act_to_rdwr <= 1'b1;
            else
                more_than_5_act_to_rdwr <= 1'b0;
            
            if (act_to_pch >= 5)
                more_than_5_act_to_pch <= 1'b1;
            else
                more_than_5_act_to_pch <= 1'b0;
            
            if (act_to_act >= 5)
                more_than_5_act_to_act <= 1'b1;
            else
                more_than_5_act_to_act <= 1'b0;
            
            if (rd_to_rd >= 5)
                more_than_5_rd_to_rd <= 1'b1;
            else
                more_than_5_rd_to_rd <= 1'b0;
            
            if (rd_to_wr >= 5)
                more_than_5_rd_to_wr <= 1'b1;
            else
                more_than_5_rd_to_wr <= 1'b0;
            
            if (rd_to_wr_bc >= 5)
                more_than_5_rd_to_wr_bc <= 1'b1;
            else
                more_than_5_rd_to_wr_bc <= 1'b0;
            
            if (rd_to_pch >= 5)
                more_than_5_rd_to_pch <= 1'b1;
            else
                more_than_5_rd_to_pch <= 1'b0;
            
            if (wr_to_wr >= 5)
                more_than_5_wr_to_wr <= 1'b1;
            else
                more_than_5_wr_to_wr <= 1'b0;
            
            if (wr_to_rd >= 5)
                more_than_5_wr_to_rd <= 1'b1;
            else
                more_than_5_wr_to_rd <= 1'b0;
            
            if (wr_to_pch >= 5)
                more_than_5_wr_to_pch <= 1'b1;
            else
                more_than_5_wr_to_pch <= 1'b0;
            
            if (rd_ap_to_act >= 5)
                more_than_5_rd_ap_to_act <= 1'b1;
            else
                more_than_5_rd_ap_to_act <= 1'b0;
            
            if (wr_ap_to_act >= 5)
                more_than_5_wr_ap_to_act <= 1'b1;
            else
                more_than_5_wr_ap_to_act <= 1'b0;
            
            if (pch_to_act >= 5)
                more_than_5_pch_to_act <= 1'b1;
            else
                more_than_5_pch_to_act <= 1'b0;
            
            if (act_to_act_diff_bank >= 5)
                more_than_5_act_to_act_diff_bank <= 1'b1;
            else
                more_than_5_act_to_act_diff_bank <= 1'b0;
            
            if (four_act_to_act >= 5)
                more_than_5_four_act_to_act <= 1'b1;
            else
                more_than_5_four_act_to_act <= 1'b0;
        end
    end
    
    reg less_than_5_act_to_rdwr;
    reg less_than_5_act_to_pch;
    reg less_than_5_act_to_act;
    reg less_than_5_rd_to_rd;
    reg less_than_5_rd_to_wr;
    reg less_than_5_rd_to_wr_bc;
    reg less_than_5_rd_to_pch;
    reg less_than_5_wr_to_wr;
    reg less_than_5_wr_to_rd;
    reg less_than_5_wr_to_rd_diff_chips;
    reg less_than_5_wr_to_pch;
    reg less_than_5_rd_ap_to_act;
    reg less_than_5_wr_ap_to_act;
    reg less_than_5_pch_to_act;
    reg less_than_5_act_to_act_diff_bank;
    reg less_than_5_four_act_to_act;
    
    always @ (posedge ctl_clk or negedge ctl_reset_n)
    begin
        if (!ctl_reset_n)
        begin
            less_than_5_act_to_rdwr          <= 1'b0;
            less_than_5_act_to_pch           <= 1'b0;
            less_than_5_act_to_act           <= 1'b0;
            less_than_5_rd_to_rd             <= 1'b0;
            less_than_5_rd_to_wr             <= 1'b0;
            less_than_5_rd_to_wr_bc          <= 1'b0;
            less_than_5_rd_to_pch            <= 1'b0;
            less_than_5_wr_to_wr             <= 1'b0;
            less_than_5_wr_to_rd             <= 1'b0;
            less_than_5_wr_to_rd_diff_chips  <= 1'b0;
            less_than_5_wr_to_pch            <= 1'b0;
            less_than_5_rd_ap_to_act         <= 1'b0;
            less_than_5_wr_ap_to_act         <= 1'b0;
            less_than_5_pch_to_act           <= 1'b0;
            less_than_5_act_to_act_diff_bank <= 1'b0;
            less_than_5_four_act_to_act      <= 1'b0;
        end
        else
        begin
            if (act_to_rdwr <= 5)
                less_than_5_act_to_rdwr <= 1'b1;
            else
                less_than_5_act_to_rdwr <= 1'b0;
            
            if (act_to_pch <= 5)
                less_than_5_act_to_pch <= 1'b1;
            else
                less_than_5_act_to_pch <= 1'b0;
            
            if (act_to_act <= 5)
                less_than_5_act_to_act <= 1'b1;
            else
                less_than_5_act_to_act <= 1'b0;
            
            if (rd_to_rd <= 5)
                less_than_5_rd_to_rd <= 1'b1;
            else
                less_than_5_rd_to_rd <= 1'b0;
            
            if (rd_to_wr <= 5)
                less_than_5_rd_to_wr <= 1'b1;
            else
                less_than_5_rd_to_wr <= 1'b0;
            
            if (rd_to_wr_bc <= 5)
                less_than_5_rd_to_wr_bc <= 1'b1;
            else
                less_than_5_rd_to_wr_bc <= 1'b0;
            
            if (rd_to_pch <= 5)
                less_than_5_rd_to_pch <= 1'b1;
            else
                less_than_5_rd_to_pch <= 1'b0;
            
            if (wr_to_wr <= 5)
                less_than_5_wr_to_wr <= 1'b1;
            else
                less_than_5_wr_to_wr <= 1'b0;
            
            if (wr_to_rd <= 5)
                less_than_5_wr_to_rd <= 1'b1;
            else
                less_than_5_wr_to_rd <= 1'b0;
            
            if (wr_to_rd_diff_chips <= 5)
                less_than_5_wr_to_rd_diff_chips <= 1'b1;
            else
                less_than_5_wr_to_rd_diff_chips <= 1'b0;
            
            if (wr_to_pch <= 5)
                less_than_5_wr_to_pch <= 1'b1;
            else
                less_than_5_wr_to_pch <= 1'b0;
            
            if (rd_ap_to_act <= 5)
                less_than_5_rd_ap_to_act <= 1'b1;
            else
                less_than_5_rd_ap_to_act <= 1'b0;
            
            if (wr_ap_to_act <= 5)
                less_than_5_wr_ap_to_act <= 1'b1;
            else
                less_than_5_wr_ap_to_act <= 1'b0;
            
            if (pch_to_act <= 5)
                less_than_5_pch_to_act <= 1'b1;
            else
                less_than_5_pch_to_act <= 1'b0;
            
            if (act_to_act_diff_bank <= 5)
                less_than_5_act_to_act_diff_bank <= 1'b1;
            else
                less_than_5_act_to_act_diff_bank <= 1'b0;
            
            if (four_act_to_act <= 5)
                less_than_5_four_act_to_act <= 1'b1;
            else
                less_than_5_four_act_to_act <= 1'b0;
        end
    end
    
/*------------------------------------------------------------------------------

    [END] More / Less Compare Logic

------------------------------------------------------------------------------*/






endmodule